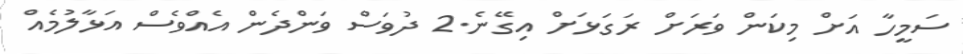
ސަމީހާ އަށް މިކަން ވަރަށް ރަގަޅަށް އިގޭނެ.2 ދުވަސް ވަންދެން އެއްވެސް އަޅާލުމެއް